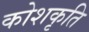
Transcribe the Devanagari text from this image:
कोशकृति